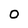
Character: O